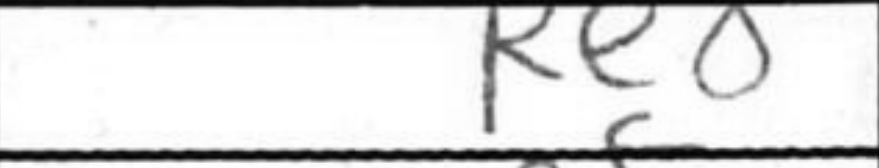
Transcription: Re8